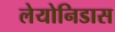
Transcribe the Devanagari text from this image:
लेयोनिडास